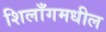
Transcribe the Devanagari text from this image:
शिलाँगमधील